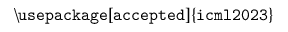
\mathtt { \backslash u s e p a c k a g e [ a c c e p t e d ] \{ i c m l 2 0 2 3 \} }